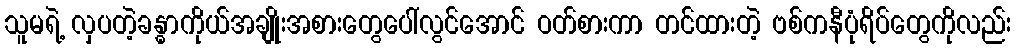
သူမရဲ့ လှပတဲ့ခန္ဓာကိုယ်အချိုးအစားတွေပေါ်လွင်အောင် ဝတ်စားကာ တင်ထားတဲ့ ဗစ်ကနီပုံရိပ်တွေကိုလည်း